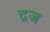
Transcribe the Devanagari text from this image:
द्रज